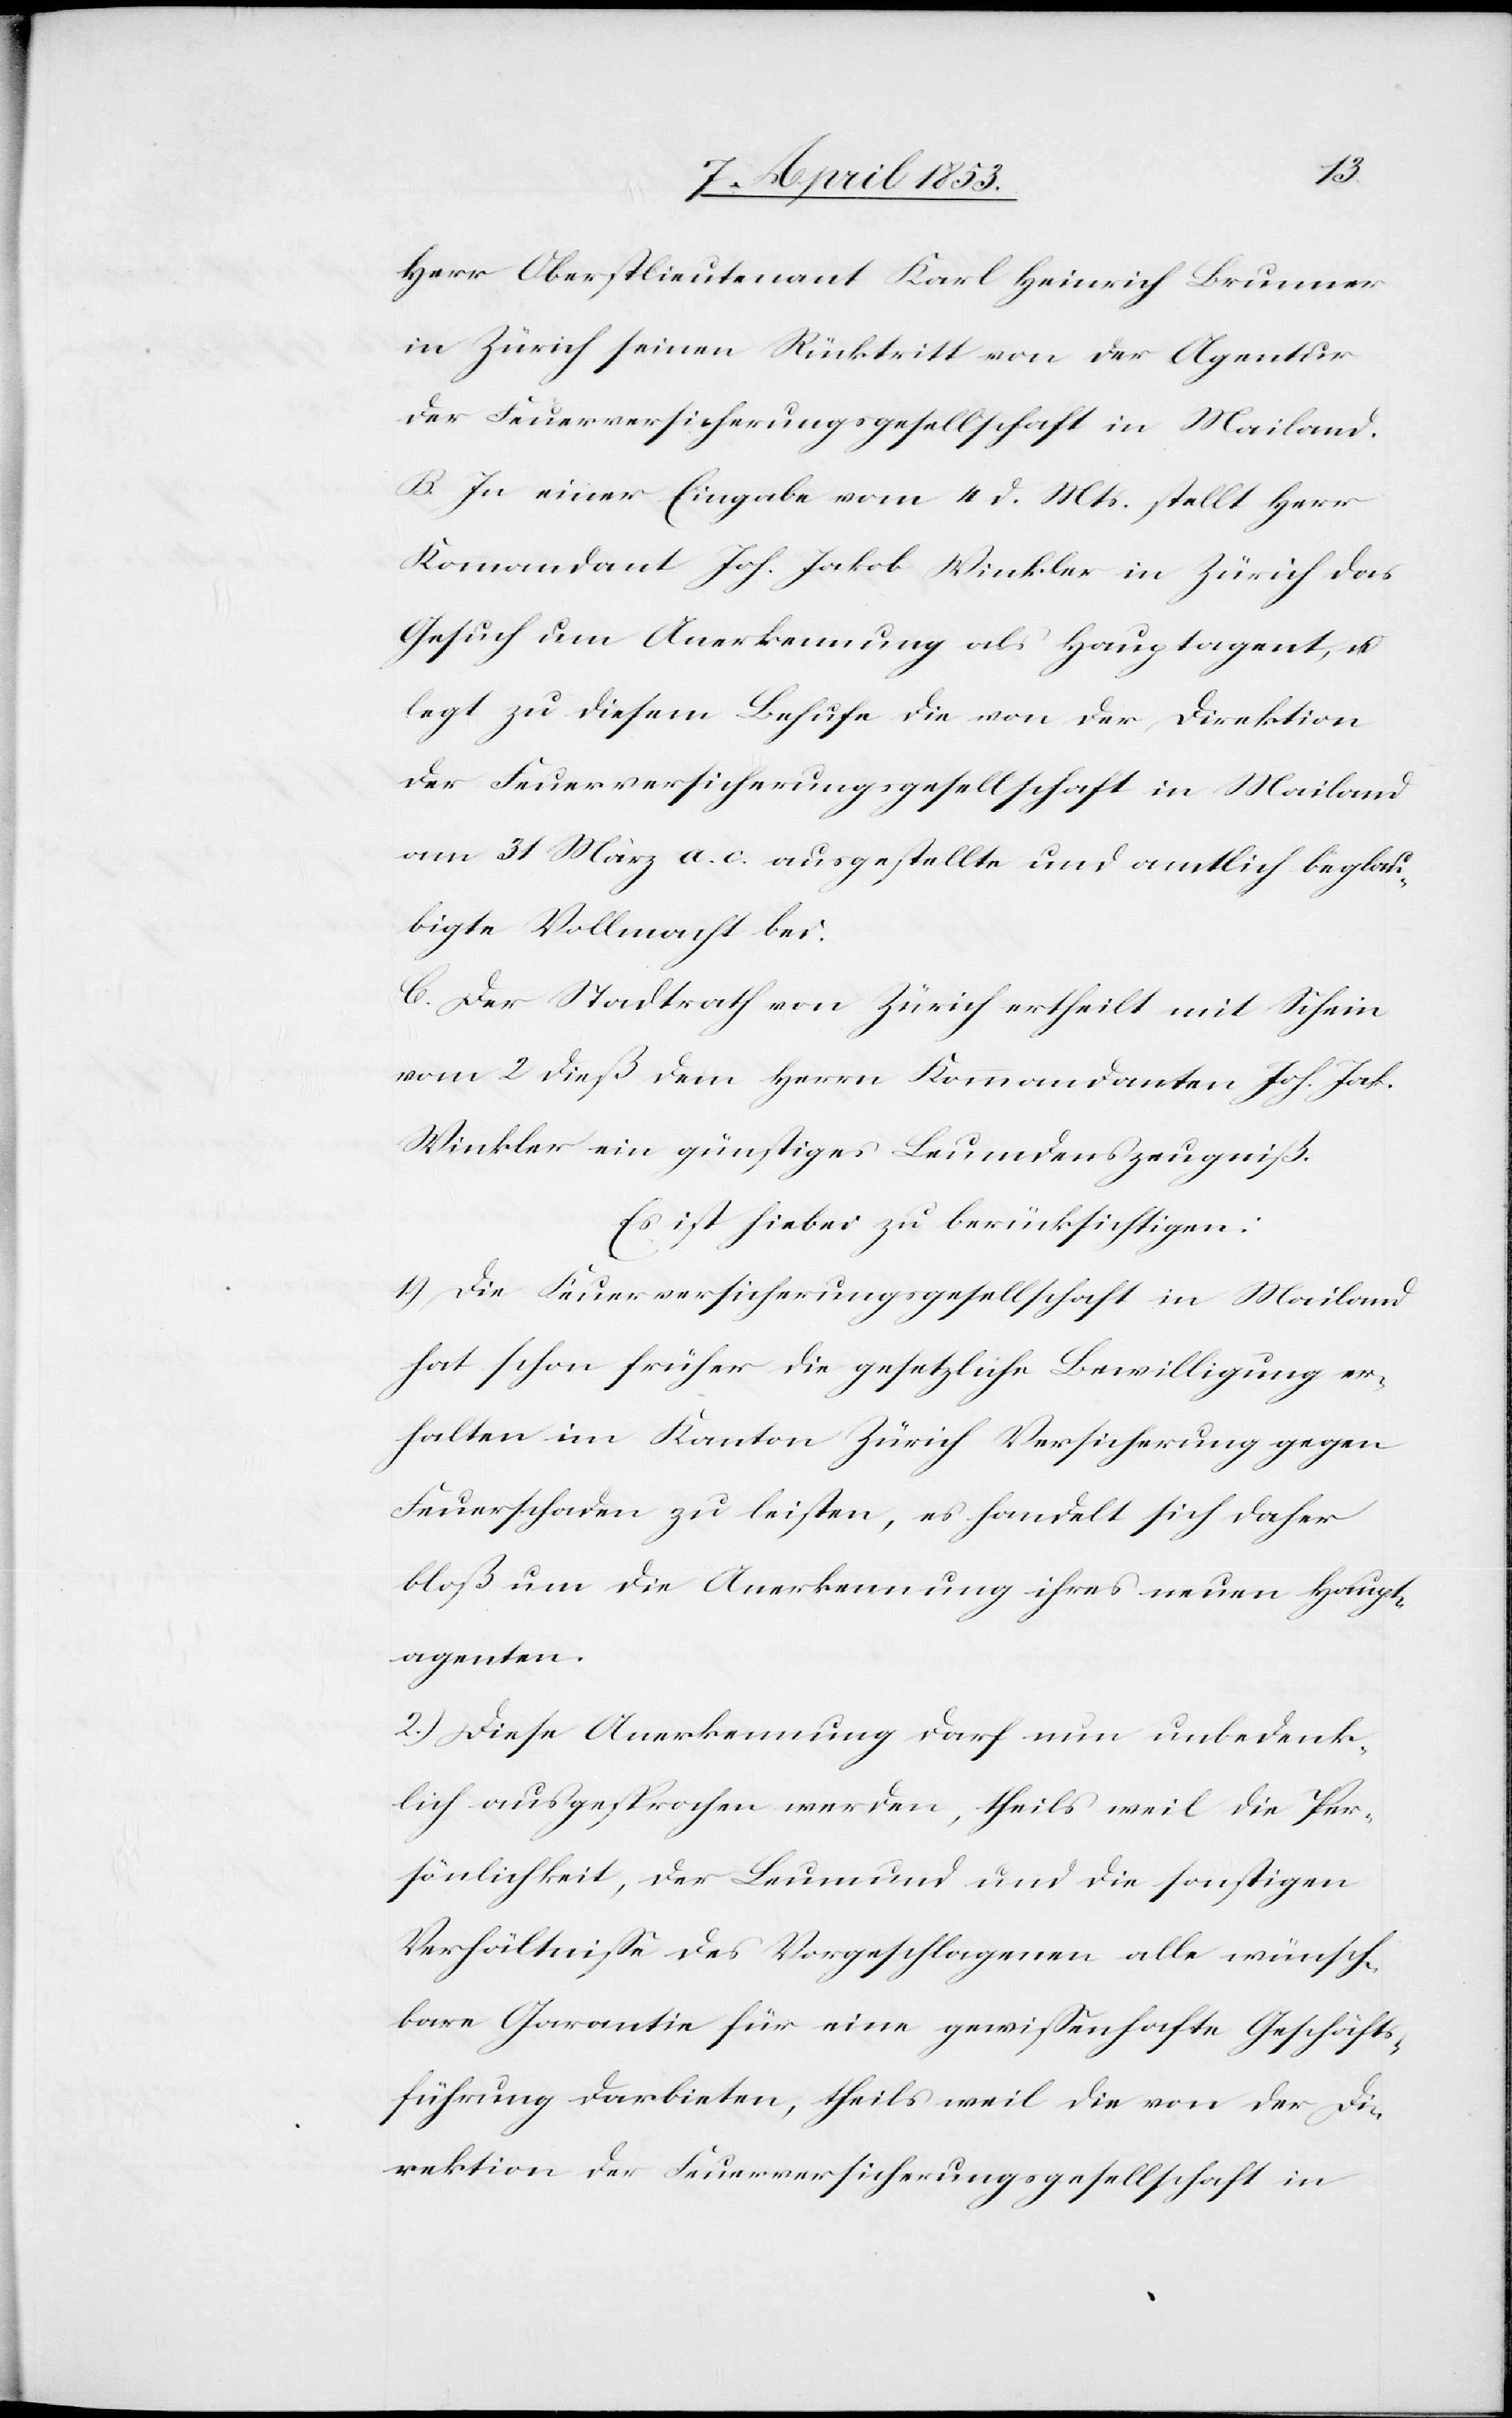
Herr Oberstlieutnant Karl Heinrich Brunner
in Zürich seinen Rücktritt von der Agentur
der Feuerversicherungsgesellschaft in Mailand.
B. In einer Eingabe vom 4 d. Mts. stellt Herr
Kommandant Jos. Jakob Winkler in Zürich das
Gesuch um Anerkennung als Hauptagent u.
legt zu diesem Behufe die von der Direktion
der Feuerversicherungsgesellschaft in Mailand
am 31 März a. c. ausgestellte und amtlich beglau¬
bigte Vollmacht bei.
C. Der Stadtrath von Zürich ertheilt mit Schein
vom 2 dieß dem Herrn Kommandanten Joh. Jak.
Winkler ein günstiges Leumdenszeugniß.
Es ist hiebei zu berücksichtigen:
1.) Die Feuerversicherungsgesellschaft in Mailand
hat schon früher die gesetzliche Bewilligung er¬
halten im Kanton Zürich Versicherung gegen
Feuerschaden zu leisten, es handelt sich daher
bloß um die Anerkennung ihres neuen Haupt¬
agenten.
2.) Diese Anerkennung darf nun unbedenk¬
lich ausgesprochen werden, theils weil die Per¬
sönlichkeit, der Leumund und die sonstigen
Verhältniße des Vorgeschlagenen alle wünsch¬
bare Garantie für eine gewißenhafte Geschäfts¬
führung darbieten, theils weil die von der Di¬
rektion der Feuerversicherungsgesellschaft in